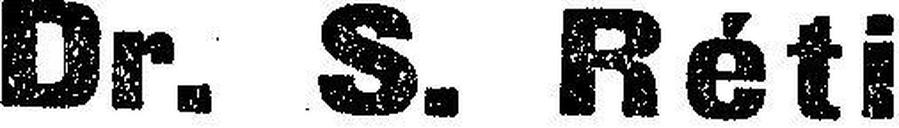
Dr. S. Réti